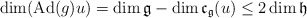
\begin{align*}\dim(\mathrm{Ad}(g)u)=\dim\mathfrak{g}-\dim\mathfrak{c}_{\mathfrak{g}}(u)\leq 2\dim\mathfrak{h}\end{align*}